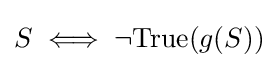
S\iff \lnot \mathrm {True} (g(S))